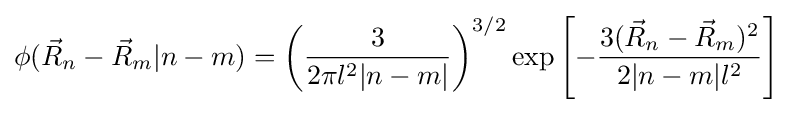
\phi ({\vec {R}}_{n}-{\vec {R}}_{m}|n-m)=\left({\frac {3}{2\pi l^{2}|n-m|}}\right)^{3/2}\exp \left[-{\frac {3({\vec {R}}_{n}-{\vec {R}}_{m})^{2}}{2|n-m|l^{2}}}\right]